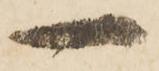
一